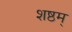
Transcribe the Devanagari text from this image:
शष्ठम्